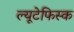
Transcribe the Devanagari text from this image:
ल्यूटेफिस्क